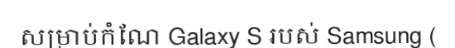
សម្រាប់កំណែ Galaxy S របស់ Samsung (